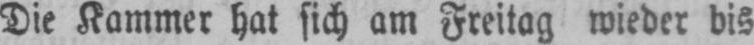
Die Kammer hat sich am Freitag wieder bis